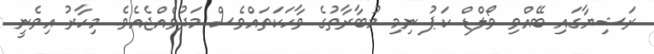
ރަޝިޔާގައި ބޭއްވި ވޯލްޑް ކަޕު ނިމި މުބާރާތުގެ ވާހަކަތައްވެސް މަދުވެއްޖެއެވެ. މިހާރު އިވެނީ